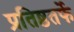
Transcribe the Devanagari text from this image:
प्रतिष्ठतर्फे